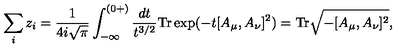
\sum _ { i } z _ { i } = \frac { 1 } { 4 i \sqrt { \pi } } \int _ { - \infty } ^ { ( 0 + ) } \frac { d t } { t ^ { 3 / 2 } } \mathrm { T r } \exp ( - t [ A _ { \mu } , A _ { \nu } ] ^ { 2 } ) = \mathrm { T r } \sqrt { - [ A _ { \mu } , A _ { \nu } ] ^ { 2 } } ,